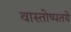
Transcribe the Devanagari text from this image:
वास्तोष्पतये